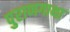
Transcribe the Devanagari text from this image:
पुराणगाथा